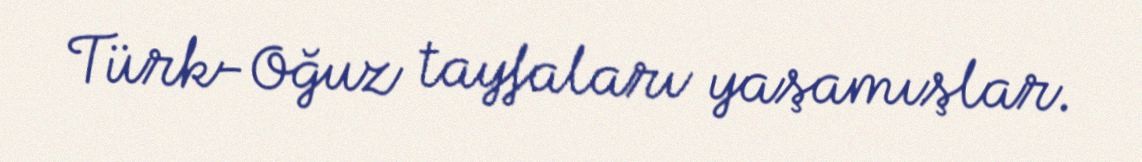
Türk-Oğuz tayfaları yaşamışlar.